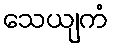
သေယျကံ